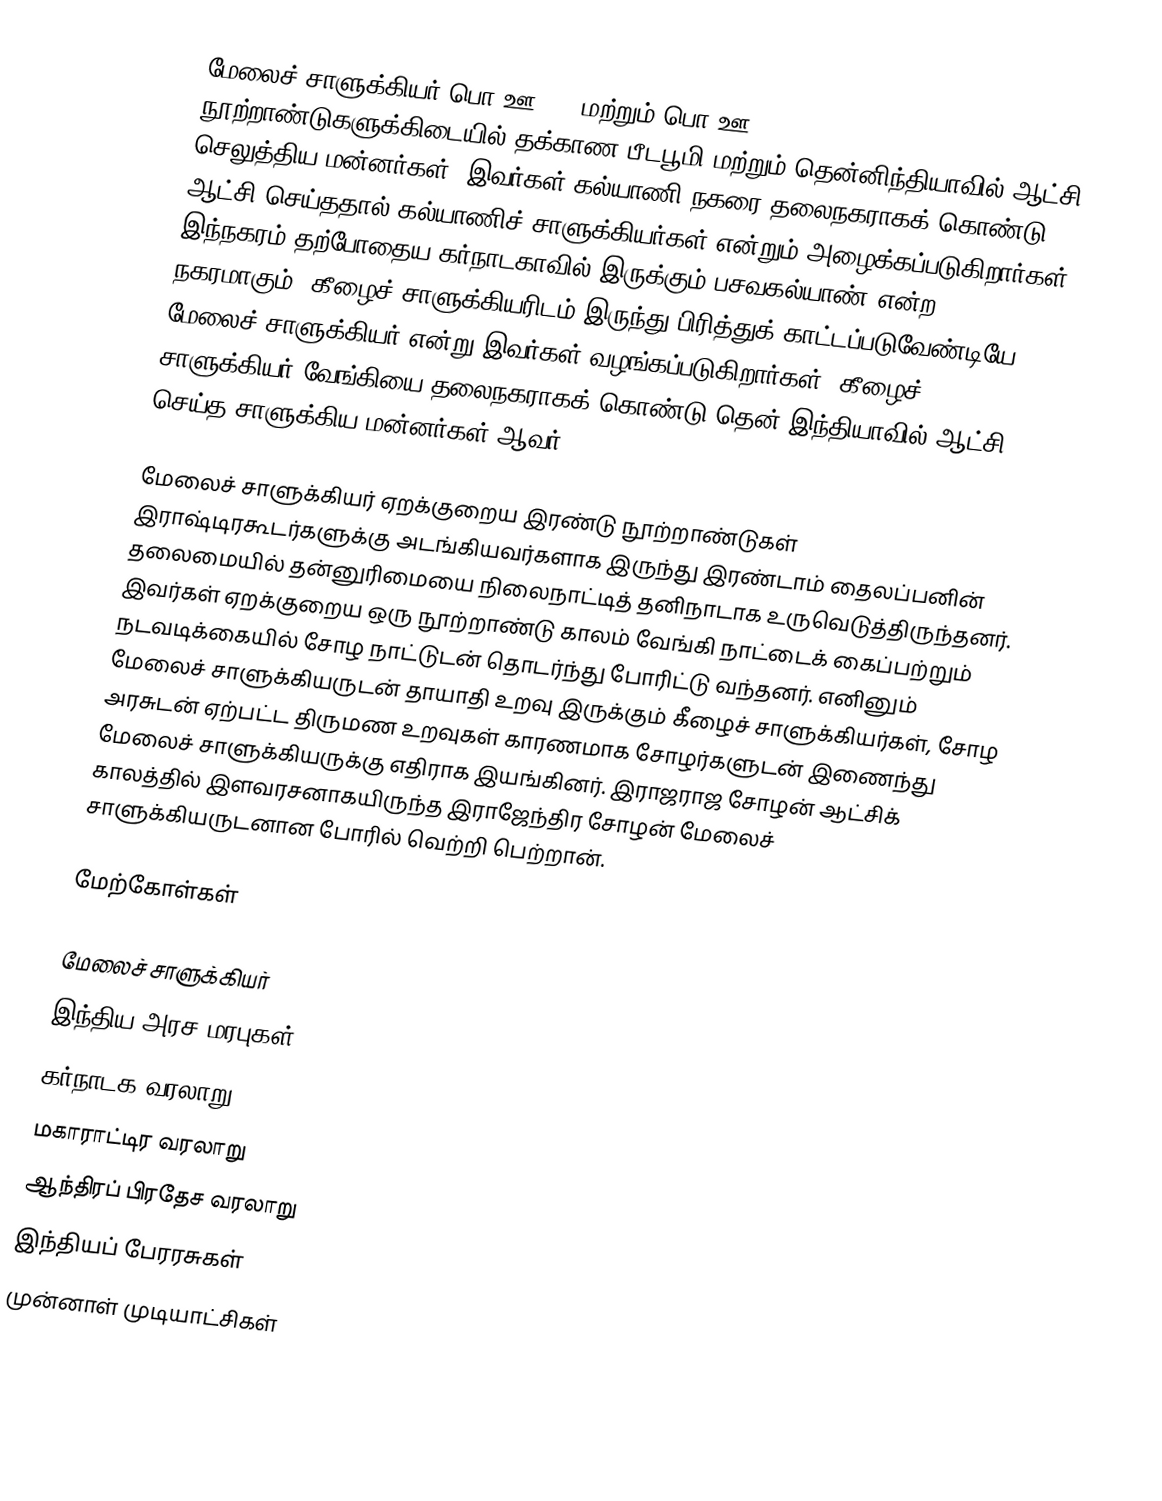
மேலைச் சாளுக்கியர் பொ.ஊ. 10 மற்றும் பொ.ஊ. 12 நூற்றாண்டுகளுக்கிடையில் தக்காண பீடபூமி மற்றும் தென்னிந்தியாவில் ஆட்சி செலுத்திய மன்னர்கள். இவர்கள் கல்யாணி நகரை தலைநகராகக் கொண்டு ஆட்சி செய்ததால் கல்யாணிச் சாளுக்கியர்கள் என்றும் அழைக்கப்படுகிறார்கள், இந்நகரம் தற்போதைய கர்நாடகாவில் இருக்கும் பசவகல்யாண் என்ற நகரமாகும். கீழைச் சாளுக்கியரிடம் இருந்து பிரித்துக் காட்டப்படுவேண்டியே மேலைச் சாளுக்கியர் என்று இவர்கள் வழங்கப்படுகிறார்கள். கீழைச் சாளுக்கியர் வேங்கியை தலைநகராகக் கொண்டு தென் இந்தியாவில் ஆட்சி செய்த சாளுக்கிய மன்னர்கள் ஆவர்.

மேலைச் சாளுக்கியர் ஏறக்குறைய இரண்டு நூற்றாண்டுகள் இராஷ்டிரகூடர்களுக்கு அடங்கியவர்களாக இருந்து இரண்டாம் தைலப்பனின் தலைமையில் தன்னுரிமையை நிலைநாட்டித் தனிநாடாக உருவெடுத்திருந்தனர். இவர்கள் ஏறக்குறைய ஒரு நூற்றாண்டு காலம் வேங்கி நாட்டைக் கைப்பற்றும் நடவடிக்கையில் சோழ நாட்டுடன் தொடர்ந்து போரிட்டு வந்தனர். எனினும் மேலைச் சாளுக்கியருடன் தாயாதி உறவு இருக்கும் கீழைச் சாளுக்கியர்கள், சோழ அரசுடன் ஏற்பட்ட திருமண உறவுகள் காரணமாக சோழர்களுடன் இணைந்து மேலைச் சாளுக்கியருக்கு எதிராக இயங்கினர். இராஜராஜ சோழன் ஆட்சிக் காலத்தில் இளவரசனாகயிருந்த இராஜேந்திர சோழன் மேலைச் சாளுக்கியருடனான போரில் வெற்றி பெற்றான்.

மேற்கோள்கள்

மேலைச் சாளுக்கியர்
இந்திய அரச மரபுகள்
கர்நாடக வரலாறு
மகாராட்டிர வரலாறு
ஆந்திரப் பிரதேச வரலாறு
இந்தியப் பேரரசுகள்
முன்னாள் முடியாட்சிகள்